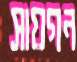
সায়গন